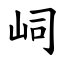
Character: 㟃